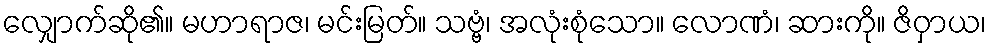
လျှောက်ဆို၏။ မဟာရာဇ၊ မင်းမြတ်။ သဗ္ဗံ၊ အလုံးစုံသော။ လောဏံ၊ ဆားကို။ ဇိဝှာယ၊